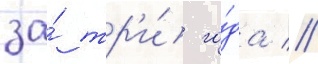
за́ тр'и́ го́да //